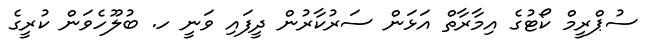
ސުޕްރީމް ކޯޓުގެ އިމާރާތް އަޅަން ސަރުކާރުން ދީފައި ވަނީ ހ. ބުލޫހެވަން ކުރީގެ